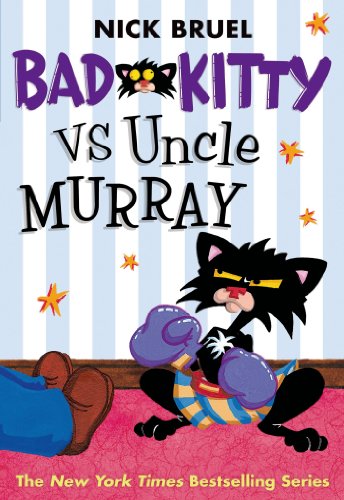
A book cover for Bad Kitty vs Uncle Murray: The Uproar at the Front Door; Nick Bruel; Children's Books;